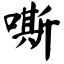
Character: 嘶